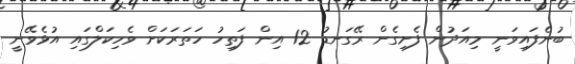
ބުނެފައިވަނީ މިއަދުން ފެށިގެން ރޭގަނޑު 12 އިން ފަތިހު ހަތަރަކަށް ވެހިކަލްގައި އުޅެވޭނީ